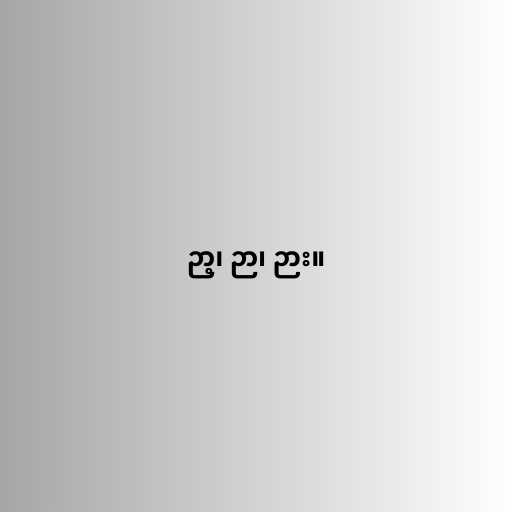
ဉာ့၊ ဉာ၊ ဉား။